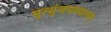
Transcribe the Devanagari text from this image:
मृत्युंजयध्यानम्‌